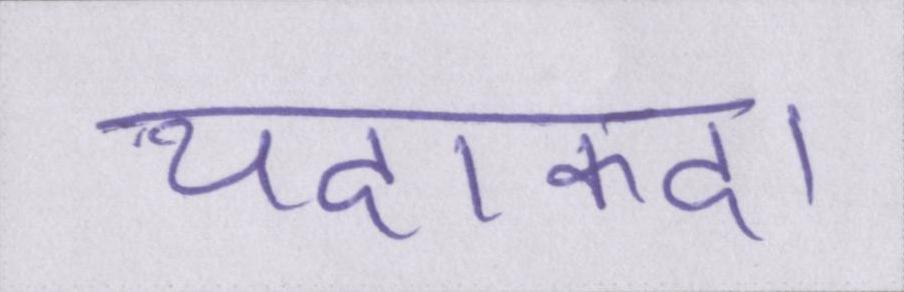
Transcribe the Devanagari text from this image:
यदाकदा